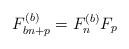
LaTeX: \begin{align*}F_{bn+p}^{\left(b\right)}=F_{n}^{\left(b\right)}F_{p}\end{align*}